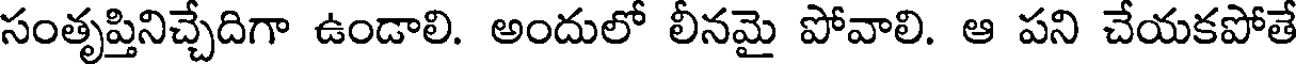
సంతృప్తినిచ్చేదిగా ఉండాలి. అందులో లీనమై పోవాలి. ఆ పని చేయకపోతే